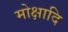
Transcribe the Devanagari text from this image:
मोक्षादि